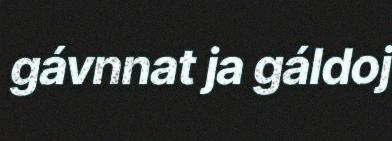
gávnnat ja gáldoj